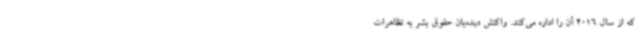
که از سال 2016 آن را اداره می‌کند. واکنش دیده‌بان حقوق بشر به تظاهرات